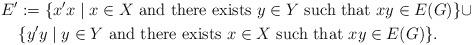
LaTeX: \begin{align*}E' &:= \{x'x\mid x\in X\ \textrm{and there exists $y\in Y$ such that $xy\in E(G)$}\} \cup\\ & \{y'y \mid y\in Y\ \textrm{and there exists $x\in X$ such that $xy\in E(G)$}\}.\end{align*}